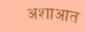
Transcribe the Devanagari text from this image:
अशाआत